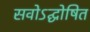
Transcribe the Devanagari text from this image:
सवोऽद्घोषित